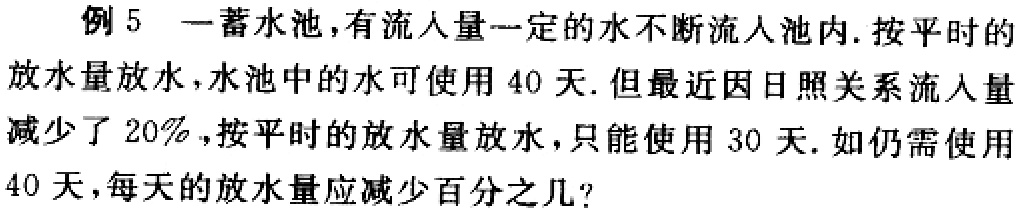
例5 一蓄水池，有流入量一定的水不断流入池内.按平时的放水量放水，水池中的水可使用40天.但最近因日照关系流入量减少了20%，按平时的放水量放水，只能使用30天.如仍需使用40天，每天的放水量应减少百分之几？